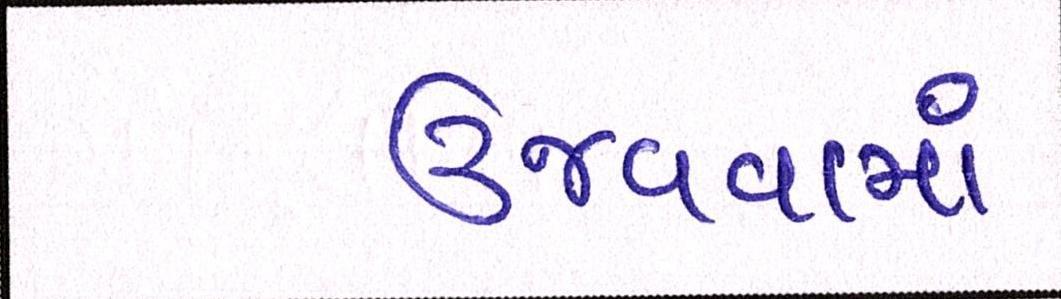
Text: ઉજવવામાં